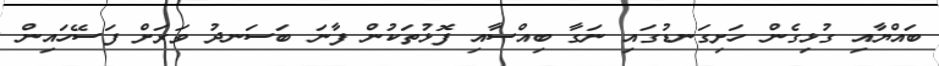
ބައްޔާއި ގުޅިގެން ހަށިގަނޑުގައި ނަގާ ބިއްސާއި ފޮޅުތަކުން ފާނަ ބަސަނދު ވަރަށް ފަސޭހައިން